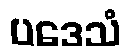
ပဒေသံ